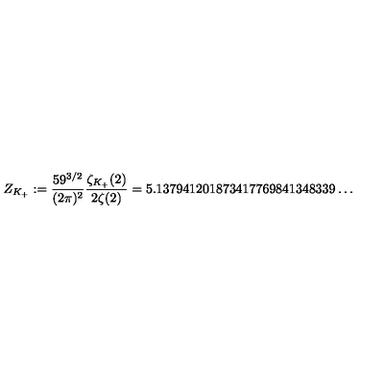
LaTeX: Z _ { K _ { + } } : = \frac { 5 9 ^ { 3 / 2 } } { ( 2 \pi ) ^ { 2 } } \frac { \zeta _ { K _ { + } } ( 2 ) } { 2 \zeta ( 2 ) } = 5 . 1 3 7 9 4 1 2 0 1 8 7 3 4 1 7 7 6 9 8 4 1 3 4 8 3 3 9 \ldots